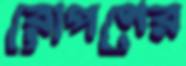
রোপণের